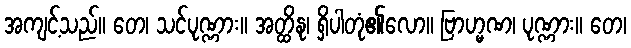
အကျင့်သည်။ တေ၊ သင်ပုဏ္ဏား။ အတ္ထိနု၊ ရှိပါတုံ၏လော။ ဗြာဟ္မဏ၊ ပုဏ္ဏား။ တေ၊